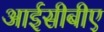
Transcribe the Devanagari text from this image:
आईसीबीए